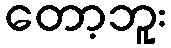
တော့ဘူး